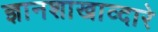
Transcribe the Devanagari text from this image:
ज्ञानशाखाव्दारे